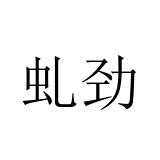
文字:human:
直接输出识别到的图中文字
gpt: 虬劲